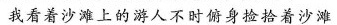
我看着沙滩上的游人不时俯身捡拾着沙滩